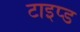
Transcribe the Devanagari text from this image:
टाइप्ड